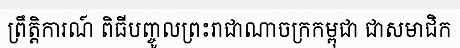
ព្រឹត្តិការណ៍ ពិធីបញ្ចូលព្រះរាជាណាចក្រកម្ពុជា ជាសមាជិក